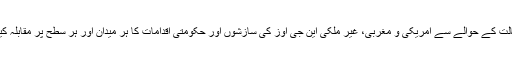
ناموس رسالتۖ کے حوالے سے امریکی و مغربی، غیر ملکی این جی اوز کی سازشوں اور حکومتی اقدامات کا ہر میدان اور ہر سطح پر مقابلہ کیا جائے گا۔